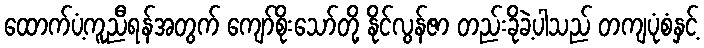
ထောက်ပံ့ကူညီရန်အတွက် ကျော်စိုးသော်တို့ နိုင်လွန်ဇာ တည်းခိုခဲ့ပါသည် တကျပုံစံနှင့်